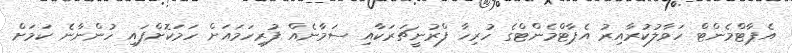
އެޕާޓްމެންޓް ހަވާލުކުރާއިރު އެޕާޓްމެންޓްގެ ހުރިހާ ފްރުނީޗަރަކާއި ސަމާނެއް ފުރިހަމައަށް ހަމަކޮށްފައި ހުންނާނެ ކަމަށް